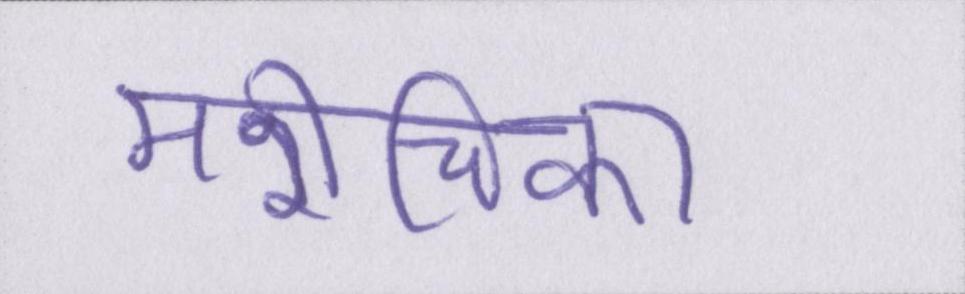
मरीचिका